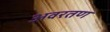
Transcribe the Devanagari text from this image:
अवरतण